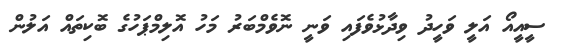
ސީއީއޯ އަލީ ވަހީދު ވިދާޅުވެފައި ވަނީ ނޮވެމްބަރު މަހު އޮލިމްޕަހުގެ ބޮކިތައް އަލުން